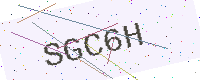
Text: SGC6H